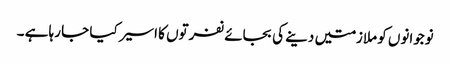
نوجوانوں کو ملازمتیں دینے کی بجائے نفرتوں کا اسیر کیا جا رہا ہے ۔